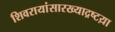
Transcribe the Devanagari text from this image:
शिवरायांसारख्याद्रष्टय़ा